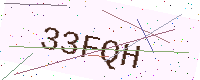
Text: 33FQH